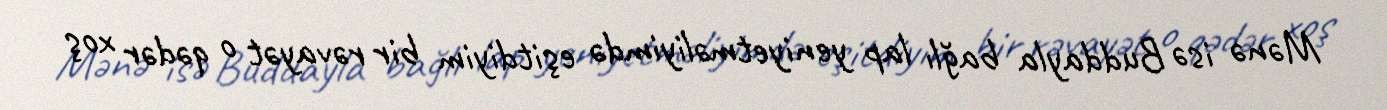
Mənə isə Buddayla bağlı lap yeniyetməliyimdə eşitdiyim bir rəvayət o qədər xoş